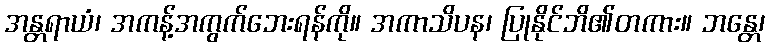
အန္တရာယံ၊ အကန့်အကွက်ဘေးရန်ကို။ အကာသိပန၊ ပြုနိုင်ဘိ၏တကား။ ဘန္တေ၊